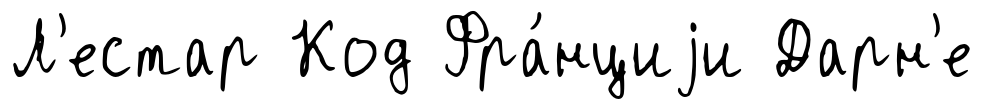
Л'естар Код Фра́нциjи Дарн'е